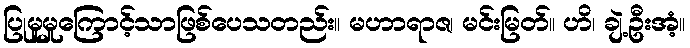
ပြုမူမှုကြောင့်သာဖြစ်ပေသတည်း။ မဟာရာဇ၊ မင်းမြတ်။ ဟိ၊ ချဲ့ဦးအံ့။